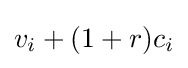
v_{i}+(1+r)c_{i}